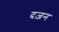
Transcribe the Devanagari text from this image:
दज़न